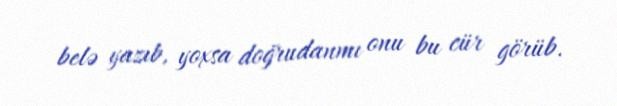
belə yazıb, yoxsa doğrudanmı onu bu cür görüb.